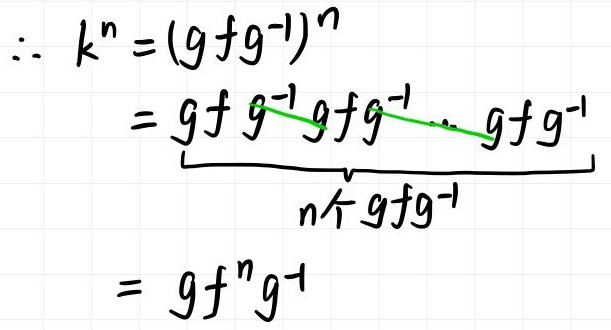
\[
\begin{align*}
\therefore k^n&=(gfg^{-1})^n\\
&=\underbrace{gfg^{-1}gfg^{-1}\cdots gfg^{-1}}_{n个gfg^{-1}}\\
&=gf^ng^{-1}
\end{align*}
\]